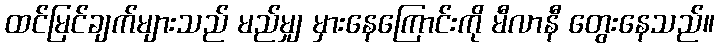
ထင်မြင်ချက်များသည် မည်မျှ မှားနေကြောင်းကို မီလာနီ တွေးနေသည်။